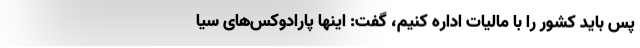
پس باید کشور را با مالیات اداره کنیم، گفت: اینها پارادوکس‌های سیا